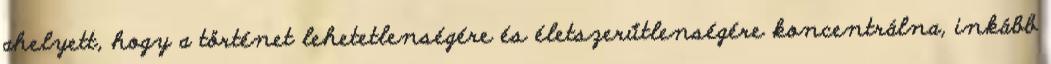
ahelyett, hogy a történet lehetetlenségére és életszerűtlenségére koncentrálna, inkább